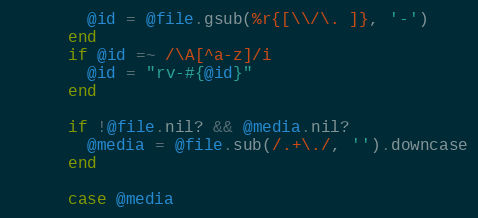
Language: Ruby
        @id = @file.gsub(%r{[\\/\. ]}, '-')
      end
      if @id =~ /\A[^a-z]/i
        @id = "rv-#{@id}"
      end

      if !@file.nil? && @media.nil?
        @media = @file.sub(/.+\./, '').downcase
      end

      case @media